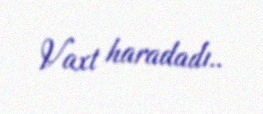
Vaxt haradadı..